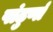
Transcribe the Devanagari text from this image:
पांढुर्णा